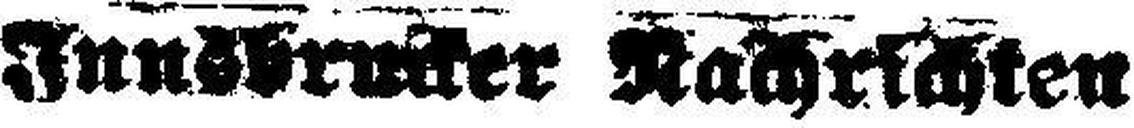
Innsbrucker Nachrichten